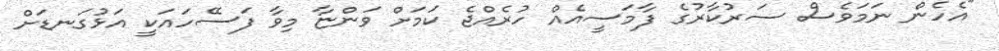
"އެހެން ނަމަވެސް ސަރުކާރުގެ ފާމަސީއެއް ހުރެއްޖެ ކަމަށް ވަންޏާ މިވާ ފަސޭހައަކީ އަޅުގަނޑަށް